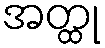
အတ္ထု